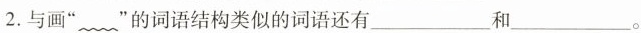
2.与画”~”的词语结构类似的词语还有___和__。